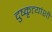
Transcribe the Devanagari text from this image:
दुष्कृत्यांशी